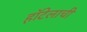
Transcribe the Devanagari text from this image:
हॉटेलाची